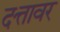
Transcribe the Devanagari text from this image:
दत्तावर